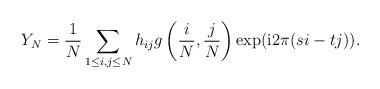
LaTeX: \begin{align*}Y_N= \frac{1}{N}\sum_{1\leq i,j\leq N}h_{ij} g\left(\frac{i}{N},\frac{j}{N}\right) \exp(\mathrm{i}2\pi(si-tj)).\end{align*}